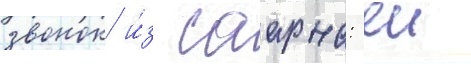
звонок и́з саарна: еи